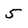
Character: 5